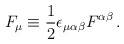
\begin{align*}F_\mu \equiv {1 \over 2} \epsilon_{\mu\alpha\beta} F^{\alpha\beta}\, .\end{align*}